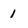
Character: 1